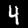
Label: 4